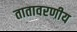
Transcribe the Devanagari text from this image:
तातावरणीय